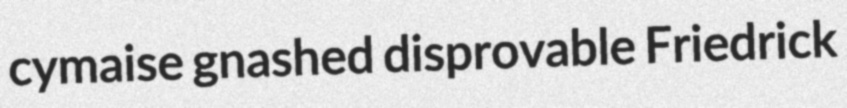
cymaise gnashed disprovable Friedrick